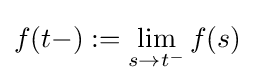
f(t-):=\lim _{s\to t^{-}}f(s)